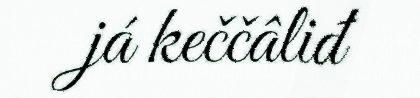
já keččâliđ